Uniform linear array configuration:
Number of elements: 32
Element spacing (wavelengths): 0.5
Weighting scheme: binomial
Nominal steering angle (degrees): -15
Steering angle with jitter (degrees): -14.144
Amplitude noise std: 0.05
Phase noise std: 0.05

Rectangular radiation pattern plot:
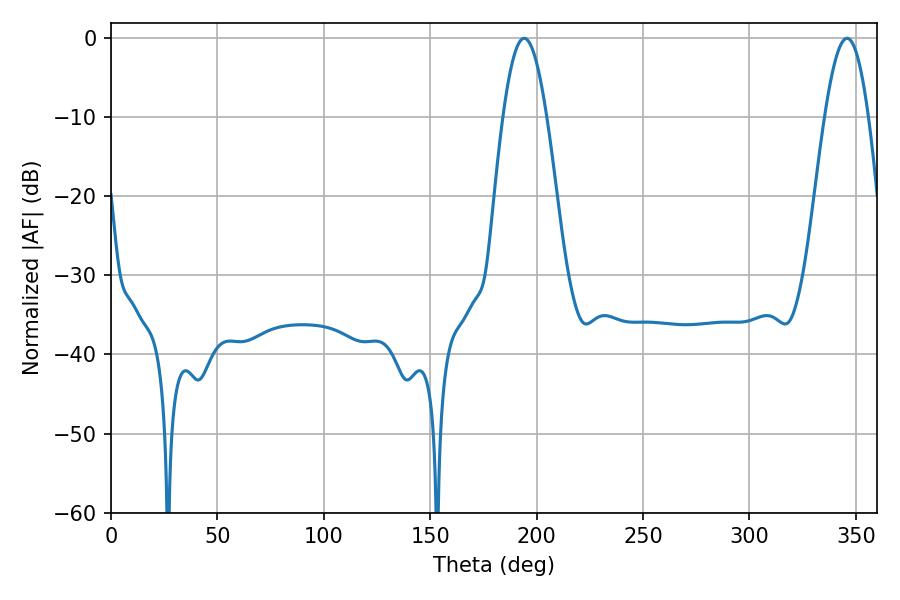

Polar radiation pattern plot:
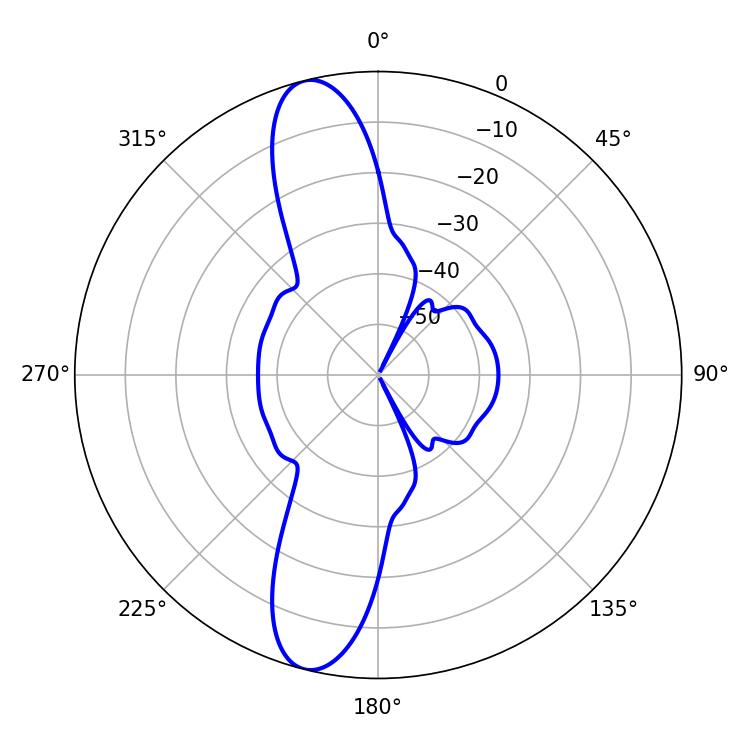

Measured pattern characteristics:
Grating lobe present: FALSE
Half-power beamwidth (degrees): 11.16
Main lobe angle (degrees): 194.22